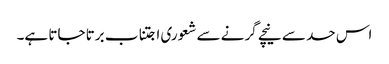
اس حد سے نیچے گرنے سے شعوری اجتناب برتا جاتا ہے۔